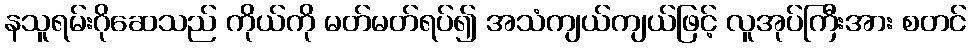
နသူရမ်းဂိုဆေသည် ကိုယ်ကို မတ်မတ်ရပ်၍ အသံကျယ်ကျယ်ဖြင့် လူအုပ်ကြီးအား စတင်